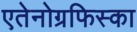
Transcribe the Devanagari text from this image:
एतेनोग्रफिस्का